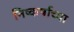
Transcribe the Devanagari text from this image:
निष्कर्षाच्या